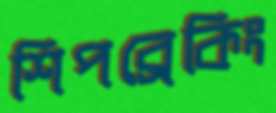
শিপব্রেকিং